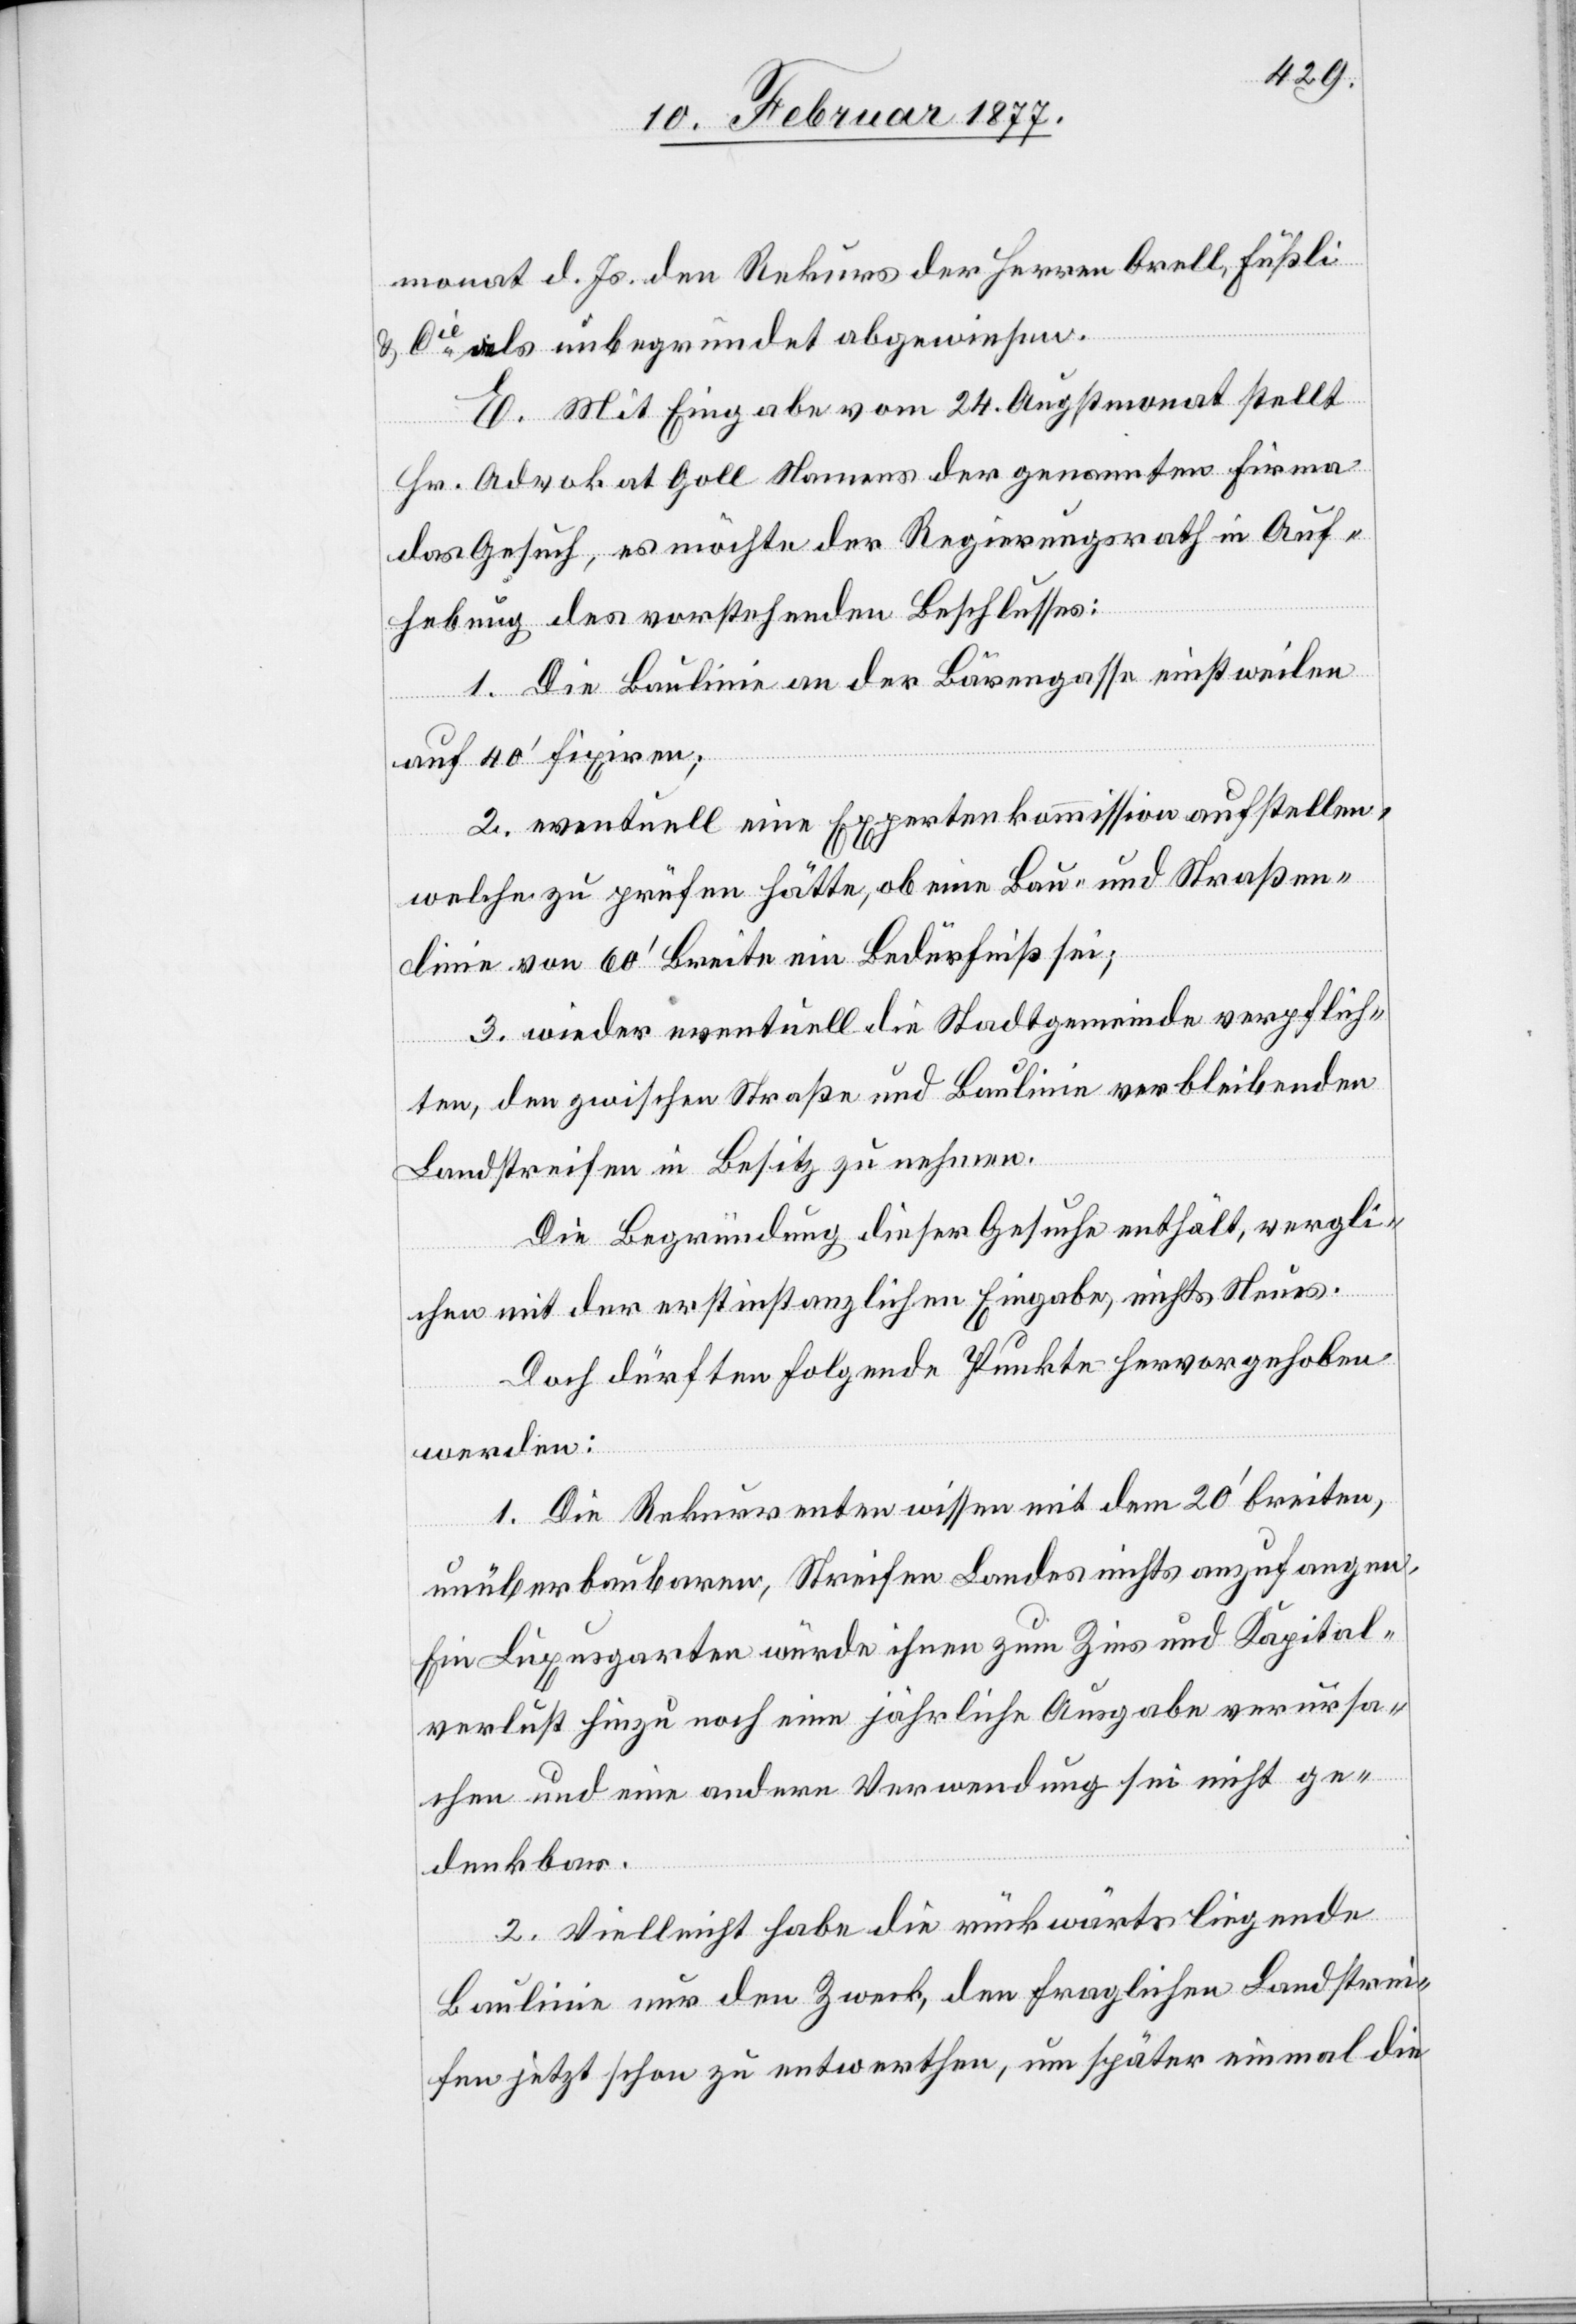
monat d. Js. den Rekurs der Herren Orell, Füßli
& Cie als unbegründet abgewiesen.
E. Mit Eingabe vom 24. Augstmonat stellt
Hr. Advokat Goll Namens der genannten Firma
das Gesuch, es möchte der Regierungsrath in Auf¬
hebung des vorstehenden Beschlusses:
1. Die Baulinie an der Bärengasse einstweilen
auf 40’ fixiren;
2. eventuell eine Expertenkommission aufstellen,
welche zu prüfen hätte, ob eine Bau- und Straßen¬
linie von 60’ Breite ein Bedürfniß sei;
3. wieder eventuell die Stadtgemeinde verpflich¬
ten, den zwischen Straße und Baulinie verbleibenden
Landstreifen in Besitz zu nehmen.
Die Begründung dieser Gesuche enthält, vergli¬
chen mit der erstinstanzlichen Eingabe, nichts Neues.
Doch dürften folgende Punkte hervorgehoben
werden:
1. Die Rekurrenten wissen mit dem 20’ breiten,
unüberbaubaren, Streifen Landes nichts anzufangen.
Ein Luxusgarten würde ihnen zum Zins und Kapital¬
verlust hinzu noch eine jährliche Ausgabe verursa¬
chen und eine andere Verwendung sei nicht ge¬
denkbar.
2. Vielleicht habe die rückwärts liegende
Baulinie nur den Zweck, den fraglichen Landstrei¬
fen jetzt schon zu entwerthen, um später einmal die